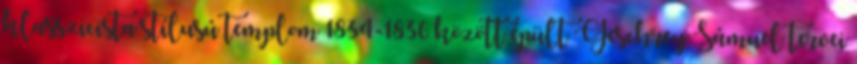
klasszicista stílusú templom 1834-1836 között épült Geschrey Sámuel tervei